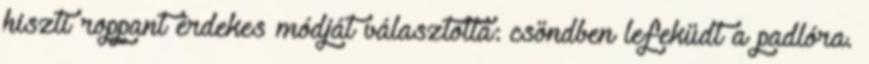
hiszti roppant érdekes módját választotta: csöndben lefeküdt a padlóra.